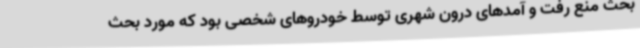
بحث منع رفت و آمدهای درون شهری توسط خودروهای شخصی بود که مورد بحث